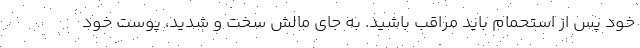
خود پس از استحمام باید مراقب باشید. به جای مالش سخت و شدید، پوست خود